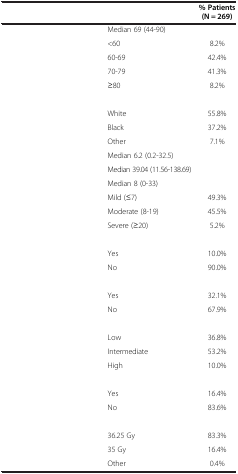
<table><thead><tr><td>[EMPTY_CELL]</td><td>[EMPTY_CELL]</td><td><b>% Patients (N = 269)</b></td></tr></thead><tbody><tr><td>[EMPTY_CELL]</td><td>Median 69 (44-90)</td><td>[EMPTY_CELL]</td></tr><tr><td>[EMPTY_CELL]</td><td>&lt;60</td><td>8.2%</td></tr><tr><td>[EMPTY_CELL]</td><td>60-69</td><td>42.4%</td></tr><tr><td>[EMPTY_CELL]</td><td>70-79</td><td>41.3%</td></tr><tr><td>[EMPTY_CELL]</td><td>≥80</td><td>8.2%</td></tr><tr><td>[EMPTY_CELL]</td><td>[EMPTY_CELL]</td><td>[EMPTY_CELL]</td></tr><tr><td>[EMPTY_CELL]</td><td>White</td><td>55.8%</td></tr><tr><td>[EMPTY_CELL]</td><td>Black</td><td>37.2%</td></tr><tr><td>[EMPTY_CELL]</td><td>Other</td><td>7.1%</td></tr><tr><td>[EMPTY_CELL]</td><td>Median 6.2 (0.2-32.5)</td><td>[EMPTY_CELL]</td></tr><tr><td>[EMPTY_CELL]</td><td>Median 39.04 (11.56-138.69)</td><td>[EMPTY_CELL]</td></tr><tr><td>[EMPTY_CELL]</td><td>Median 8 (0-33)</td><td>[EMPTY_CELL]</td></tr><tr><td>[EMPTY_CELL]</td><td>Mild (≤7)</td><td>49.3%</td></tr><tr><td>[EMPTY_CELL]</td><td>Moderate (8-19)</td><td>45.5%</td></tr><tr><td>[EMPTY_CELL]</td><td>Severe (≥20)</td><td>5.2%</td></tr><tr><td>[EMPTY_CELL]</td><td>[EMPTY_CELL]</td><td>[EMPTY_CELL]</td></tr><tr><td>[EMPTY_CELL]</td><td>Yes</td><td>10.0%</td></tr><tr><td>[EMPTY_CELL]</td><td>No</td><td>90.0%</td></tr><tr><td>[EMPTY_CELL]</td><td>[EMPTY_CELL]</td><td>[EMPTY_CELL]</td></tr><tr><td>[EMPTY_CELL]</td><td>Yes</td><td>32.1%</td></tr><tr><td>[EMPTY_CELL]</td><td>No</td><td>67.9%</td></tr><tr><td>[EMPTY_CELL]</td><td>[EMPTY_CELL]</td><td>[EMPTY_CELL]</td></tr><tr><td>[EMPTY_CELL]</td><td>Low</td><td>36.8%</td></tr><tr><td>[EMPTY_CELL]</td><td>Intermediate</td><td>53.2%</td></tr><tr><td>[EMPTY_CELL]</td><td>High</td><td>10.0%</td></tr><tr><td>[EMPTY_CELL]</td><td>[EMPTY_CELL]</td><td>[EMPTY_CELL]</td></tr><tr><td>[EMPTY_CELL]</td><td>Yes</td><td>16.4%</td></tr><tr><td>[EMPTY_CELL]</td><td>No</td><td>83.6%</td></tr><tr><td>[EMPTY_CELL]</td><td>[EMPTY_CELL]</td><td>[EMPTY_CELL]</td></tr><tr><td>[EMPTY_CELL]</td><td>36.25 Gy</td><td>83.3%</td></tr><tr><td>[EMPTY_CELL]</td><td>35 Gy</td><td>16.4%</td></tr><tr><td>[EMPTY_CELL]</td><td>Other</td><td>0.4%</td></tr></tbody></table>